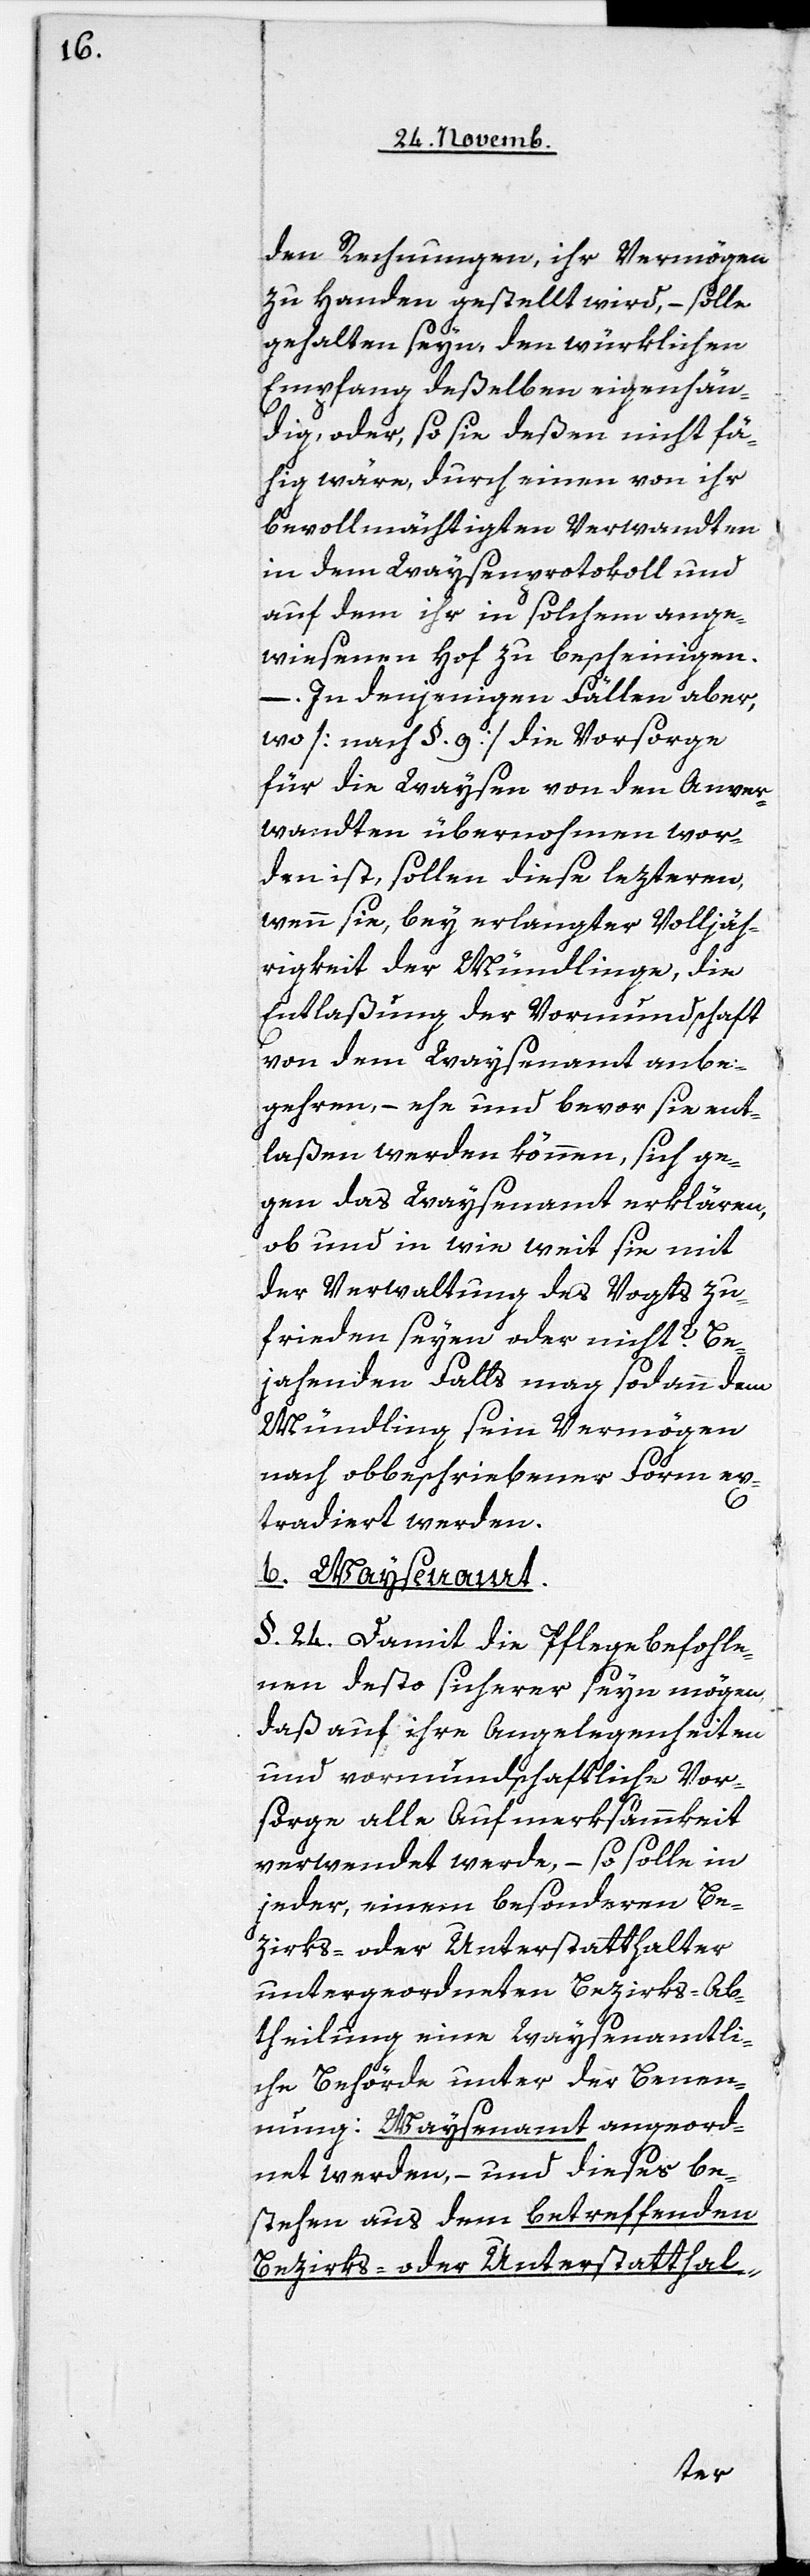
den Rechnungen, ihr Vermögen
zu Handen gestellt wird, – solle
gehalten seyn, den würklichen
Empfang deßelben eigenhän¬
dig, oder, so sie deßen nicht fä¬
hig wäre, durch einen von ihr
bevollmächtigten Verwandten
in dem Waysenprotokoll und
auf dem ihr in solchem ang¬
wiesenen Hof zu bescheinigen.
– In denjenigen Fällen aber,
wo [nach §. 9] die Vorsorge
für die Waysen von den Anver¬
wandten übernohmen wor¬
den ist, sollen diese lezteren,
wenn sie, bey erlangter Volljäh¬
rigkeit der Mündlinge, die
Entlaßung der Vormundschaft
von dem Waysenamt anbe¬
gehren, – ehe und bevor sie ent¬
laßen werden können, sich ge¬
gen das Waysenamt erklären,
ob und in wie weit sie mit
der Verwaltung des Vogts zu¬
frieden seyen oder nicht? Be¬
jahenden Falls mag sodann dem
Mündling sein Vermögen
nach obbeschriebener Form ex¬
tradiert werden.
b. Waysenamt.
§. 24. Damit die Pflegebefohle¬
nen desto sicherer seyn mögen,
daß auf ihre Angelegenheiten
und vormundschaftliche Vor¬
sorge alle Aufmerksammkeit
verwendet werde, – so solle in
jeder, einem besonderen Be¬
zirks- oder Unterstatthalter
untergeordneten Bezirks-Ab¬
theilung eine Waysenamtli¬
che Behörde unter der Benen¬
nung: Waysenamt angeord¬
net werden, – und dieses be¬
[sic!] aus dem betreffenden
Bezirks- oder Unterstatthal-
stehen